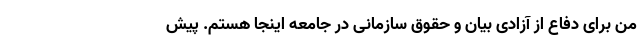
من برای دفاع از آزادی بیان و حقوق سازمانی در جامعه اینجا هستم. پیش